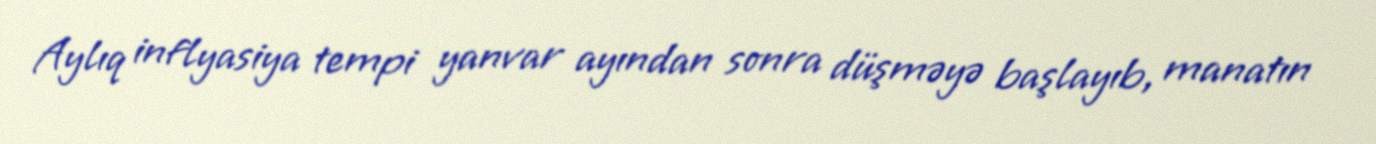
Aylıq inflyasiya tempi yanvar ayından sonra düşməyə başlayıb, manatın